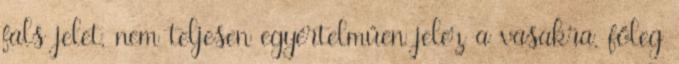
fals jelet, nem teljesen egyértelműen jelez a vasakra, főleg